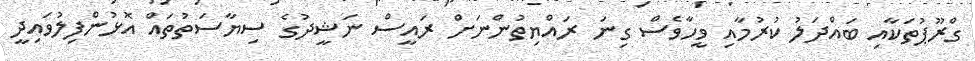
ގްރޫޕުތަކާއި ބައްދަލު ކުރުމާއި ވީހާވެސް ގިނަ ރައްޔިތުންނަށް ރައީސް ނަޝީދުގެ ސިޔާސަތުތައް އޮޅުންފިލުވައިދީ